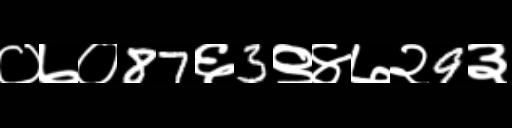
Text: ०७०87६3९४७२9३